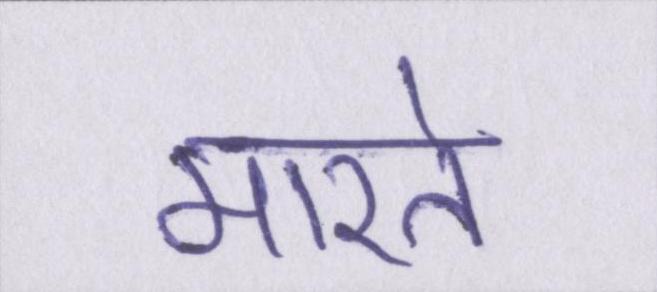
मारते